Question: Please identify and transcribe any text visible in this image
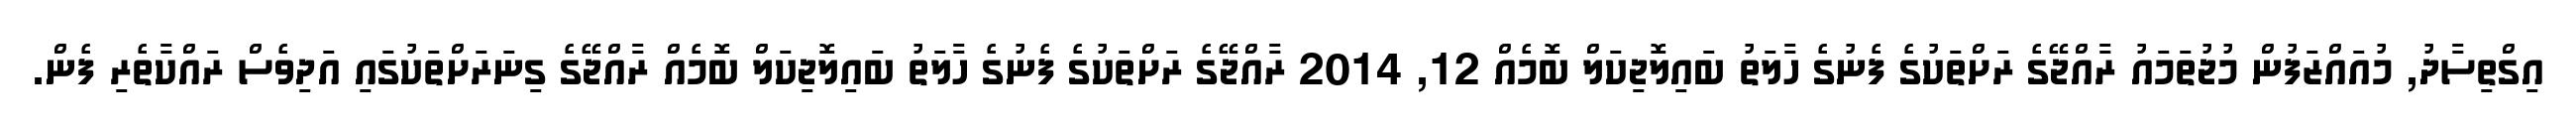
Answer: އިގްތިސާދު, މުއައްޒަފުން މުޖުތަމައު ރާއްޖޭގެ ރަށްތަކުގެ ފެނުގެ ހާލަތު ބައިލޮޖިކަލް ބޮމެއް 12, 2014 ރާއްޖޭގެ ރަށްތަކުގެ ފެނުގެ ހާލަތު ބައިލޮޖިކަލް ބޮމެއް ރާއްޖޭގެ ގިނަރަށްތަކުގައި އަދިވެސް ރައްކާތެރި ފެން.